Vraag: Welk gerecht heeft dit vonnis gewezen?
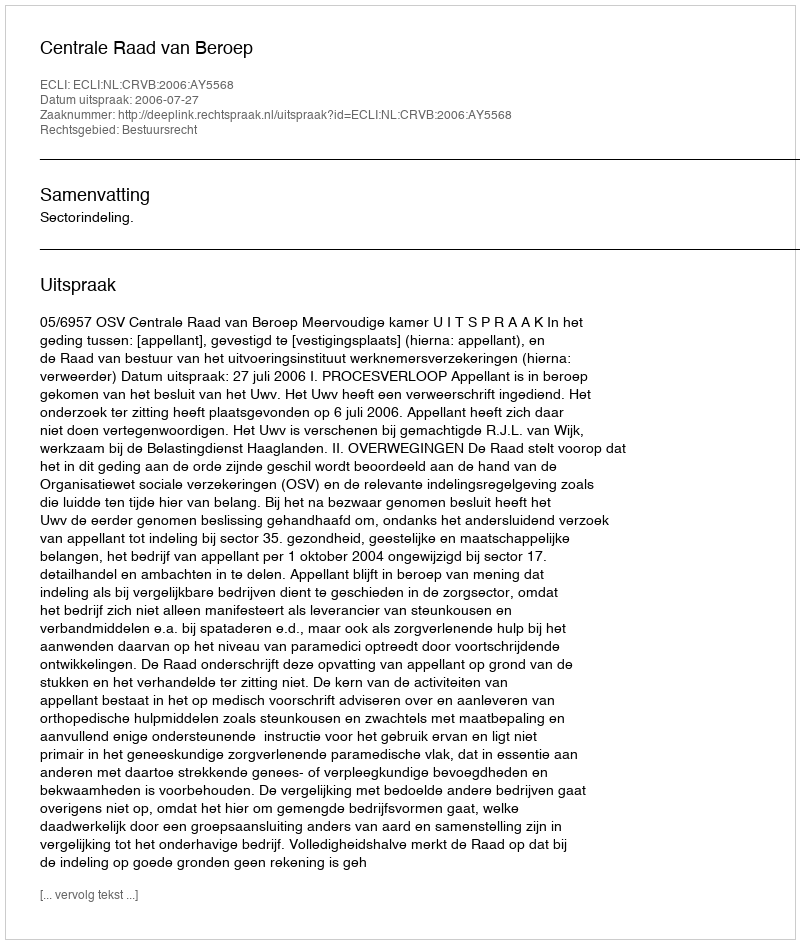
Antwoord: Centrale Raad van Beroep